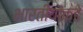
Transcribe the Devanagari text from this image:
भारतीयांकडे